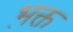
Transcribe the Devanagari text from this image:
भ़क्त